Document type: Emphyteutic lease
Year: 1274
Scribe: Pere Marquès
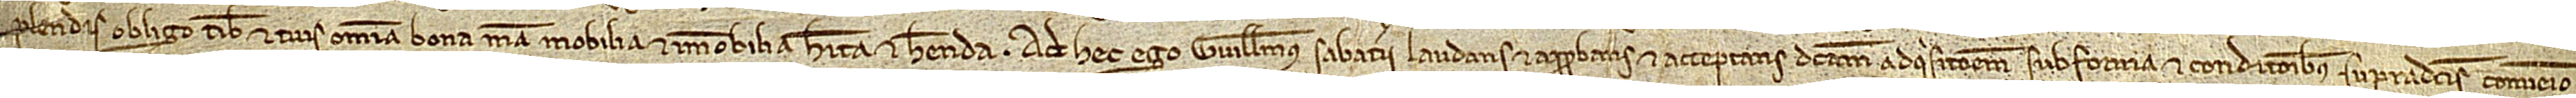
plendis obligo tibi et tuis omnia bona mea, mobilia et immobilia, habita et habenda. Ad hec ego Guillelmus Sabaterii, laudans et approbans et acceptans dictam adquisitionem sub forma et conditionibus supradictis, convenio